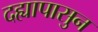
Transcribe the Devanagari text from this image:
दह्यापासुन